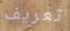
تعريف